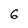
Character: 6